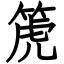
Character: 箎